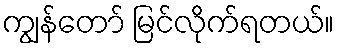
ကျွန်တော် မြင်လိုက်ရတယ်။